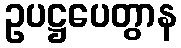
ဥပဋ္ဌပေတွာန